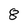
Character: 8